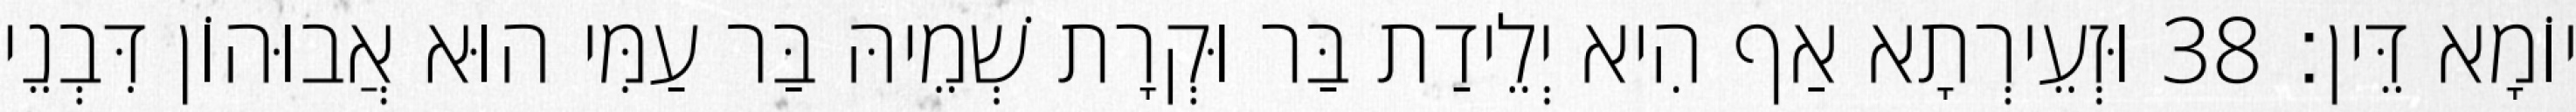
יוֹמָא דֵּין׃ 38 וּזְעֵירְתָא אַף הִיא יְלֵידַת בַּר וּקְרָת שְׁמֵיהּ בַּר עַמִּי הוּא אֲבוּהוֹן דִּבְנֵי